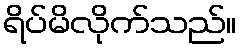
ရိပ်မိလိုက်သည်။